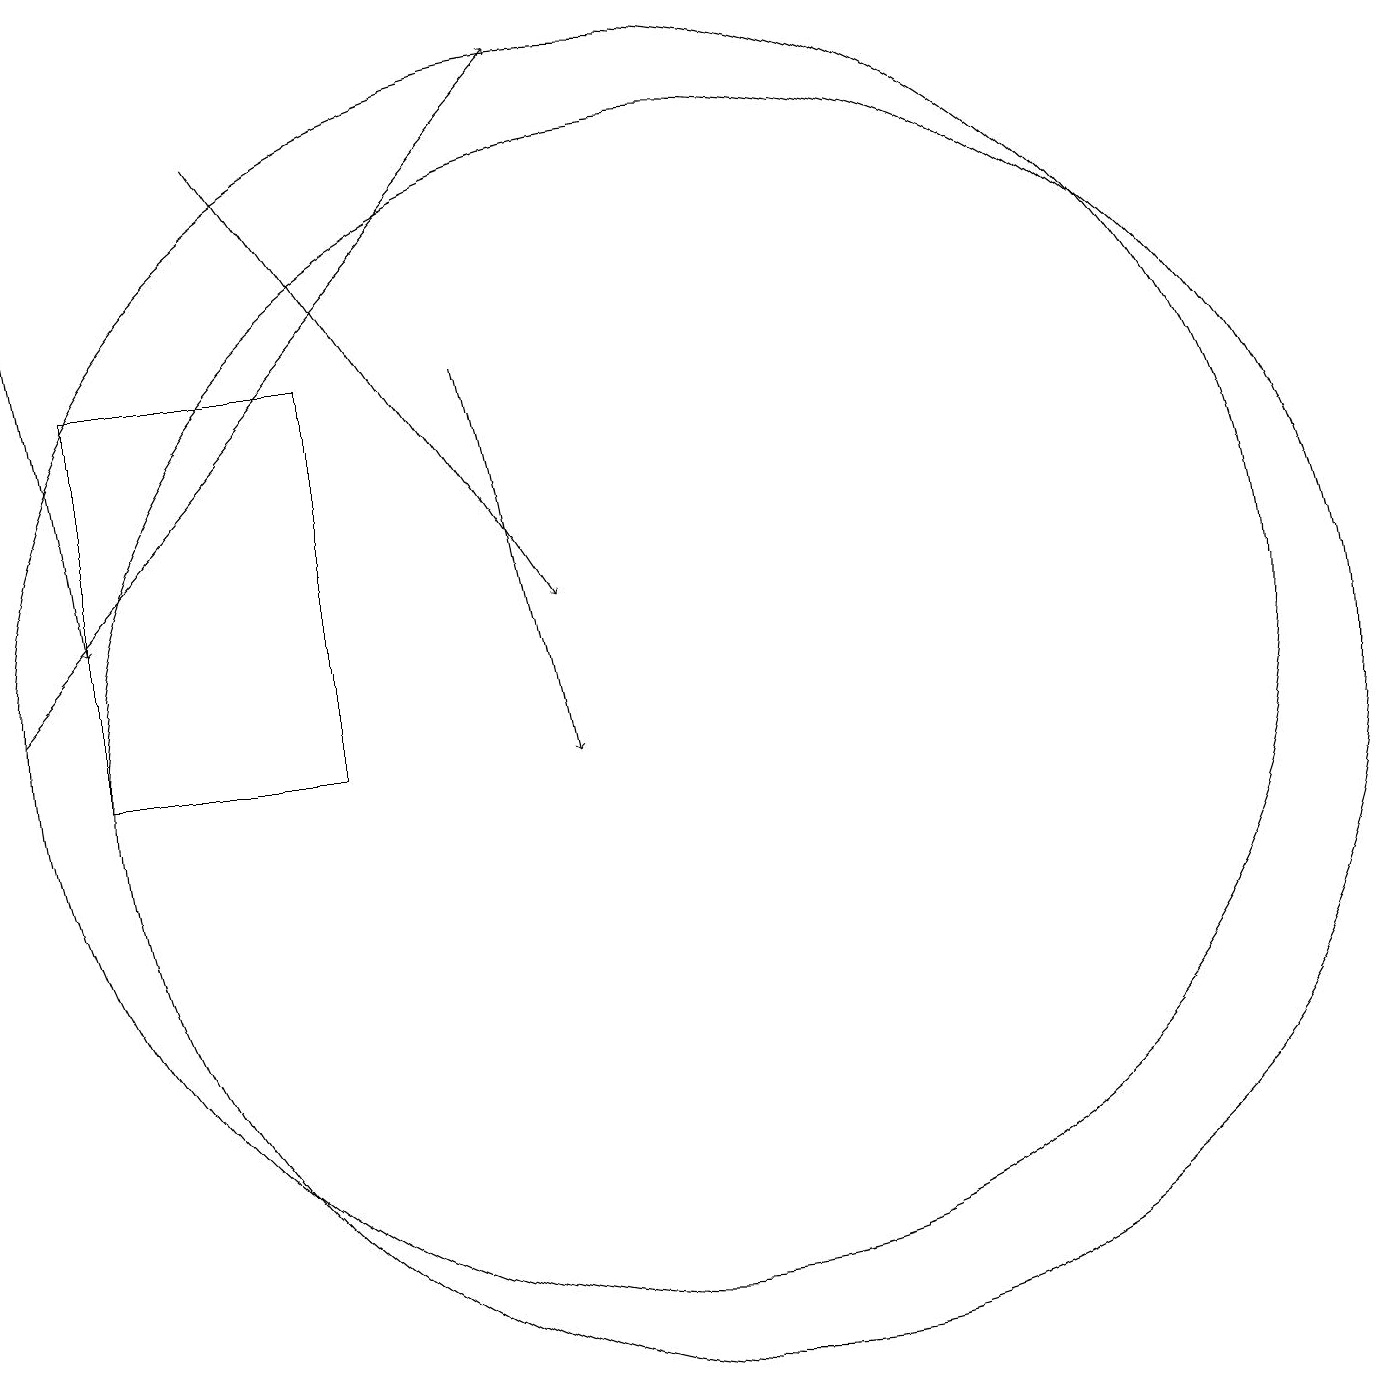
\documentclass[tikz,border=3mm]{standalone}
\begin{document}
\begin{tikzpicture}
\draw[->] (5,18) -- (9,12);
\draw (10,11) circle (8);
\draw[->] (2,18) -- (3,12);
\draw[->] (2,11) -- (9,19);
\draw (3,15) rectangle (6,10);
\draw (11,10) circle (8);
\draw[->] (8,15) -- (9,10);
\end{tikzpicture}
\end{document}